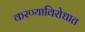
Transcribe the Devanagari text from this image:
करण्याविरोधात